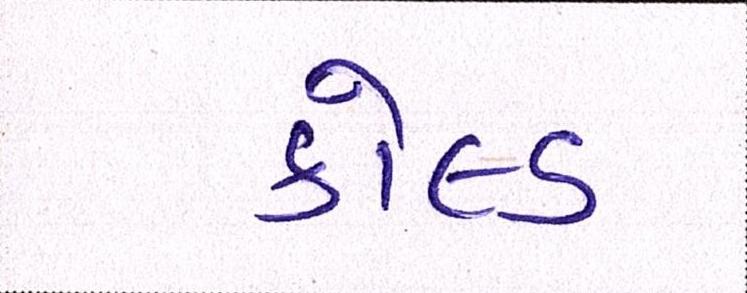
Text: કોલ્ડ